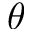
\theta